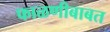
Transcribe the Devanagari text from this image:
फाळणीबाबत